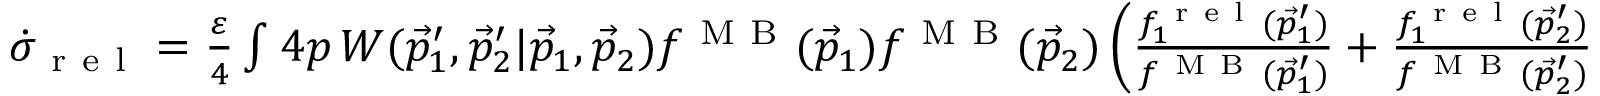
\begin{array} { r } { \dot { \sigma } _ { \mathrm { ~ r ~ e ~ l ~ } } = \frac { \varepsilon } { 4 } \int \d ^ { 4 } p \, W ( \vec { p } _ { 1 } ^ { \prime } , \vec { p } _ { 2 } ^ { \prime } | \vec { p } _ { 1 } , \vec { p } _ { 2 } ) f ^ { \mathrm { ~ M ~ B ~ } } ( \vec { p } _ { 1 } ) f ^ { \mathrm { ~ M ~ B ~ } } ( \vec { p } _ { 2 } ) \left( \frac { f _ { 1 } ^ { \mathrm { ~ r ~ e ~ l ~ } } ( \vec { p } _ { 1 } ^ { \prime } ) } { f ^ { \mathrm { ~ M ~ B ~ } } ( \vec { p } _ { 1 } ^ { \prime } ) } + \frac { f _ { 1 } ^ { \mathrm { ~ r ~ e ~ l ~ } } ( \vec { p } _ { 2 } ^ { \prime } ) } { f ^ { \mathrm { ~ M ~ B ~ } } ( \vec { p } _ { 2 } ^ { \prime } ) } - \frac { f _ { 1 } ^ { \mathrm { ~ r ~ e ~ l ~ } } ( \vec { p } _ { 1 } ) } { f ^ { \mathrm { ~ M ~ B ~ } } ( \vec { p } _ { 1 } ) } - \frac { f _ { 1 } ^ { \mathrm { ~ r ~ e ~ l ~ } } ( \vec { p } _ { 2 } ) } { f ^ { \mathrm { ~ M ~ B ~ } } ( \vec { p } _ { 2 } ) } \right) ^ { 2 } \, , } \end{array}